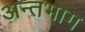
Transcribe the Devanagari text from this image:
अन्तभाग